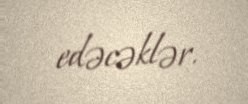
edəcəklər.